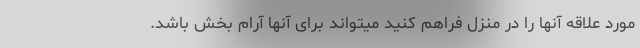
مورد علاقه آنها را در منزل فراهم کنید میتواند برای آنها آرام بخش باشد.